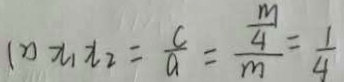
( 2 ) x _ { 1 } x _ { 2 } = \frac { c } { a } = \frac { \frac { m } { 4 } } { m } = \frac { 1 } { 4 }